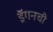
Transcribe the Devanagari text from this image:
ड्रॅगनची